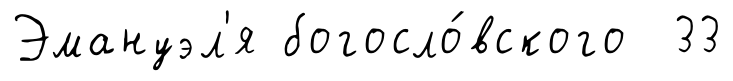
Эмануэл'я богосло́вского 33